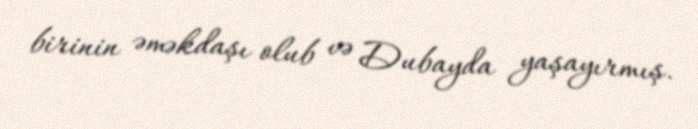
birinin əməkdaşı olub və Dubayda yaşayırmış.